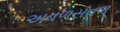
અવળસવળ